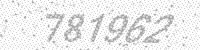
Solution: 781962